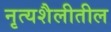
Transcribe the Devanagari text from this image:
नृत्यशैलीतील